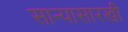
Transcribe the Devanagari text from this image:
सान्यासारखी